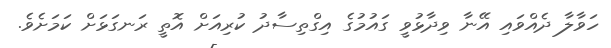
ހަވާލާ ދެއްވައި އޭނާ ވިދާޅުވީ ގައުމުގެ އިގްތިސާދު ކުރިއަށް އޮތީ ރަނގަޅަށް ކަމަށެވެ.